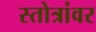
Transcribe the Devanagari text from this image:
स्तोत्रांवर